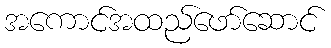
အကောင်အထည်ဖော်ဆောင်